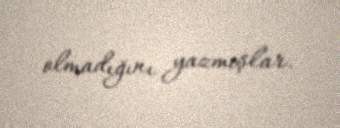
olmadığını yazmışlar.